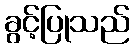
ခွင့်ပြုသည်